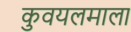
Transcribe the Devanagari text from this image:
कुवयलमाला